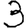
Digit: 3